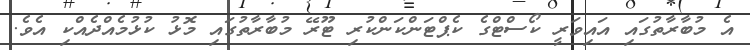
އެ މުބާރާތުގައި އައިވަރީ ކޯސްޓްގެ ކެޕްޓަންކަންކުރި ޓޫރޭ މުބާރާތުގައި މޮޅު ކުުޅުމެއްދެއްކި އެވެ.